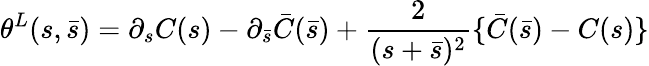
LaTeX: \theta^{L}(s,\bar{s})=\partial_{s}C(s)-\partial_{\bar{s}}\bar{C}(\bar{s})+\frac{2}{(s+\bar{s})^{2}}\{ \bar{C}(\bar{s})-C(s)\}